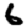
Digit: 6